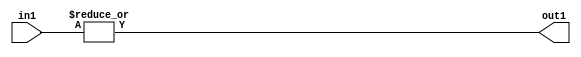
`timescale 1ps / 1ps
/*****************************************************************************
    Verilog RTL Description
    
    
    Created by: Stratus DpOpt 2019.1.01 
*******************************************************************************/

module feature_write_addr_gen_OrReduction_3U_1U_4 (
	in1,
	out1
	); /* architecture "behavioural" */ 
input [2:0] in1;
output  out1;
wire  asc001;

assign asc001 = 
	(|in1);

assign out1 = asc001;
endmodule

/* CADENCE  urf1Sw8= : u9/ySgnWtBlWxVPRXgAZ4Og= ** DO NOT EDIT THIS LINE ******/